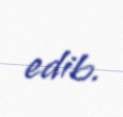
edib.